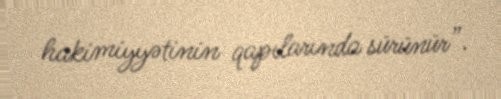
hakimiyyətinin qapılarında sürünür”.